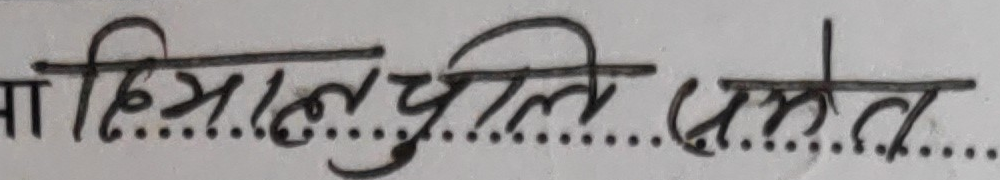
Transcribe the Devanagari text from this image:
मा हिसाब चुक्ता भयो ।